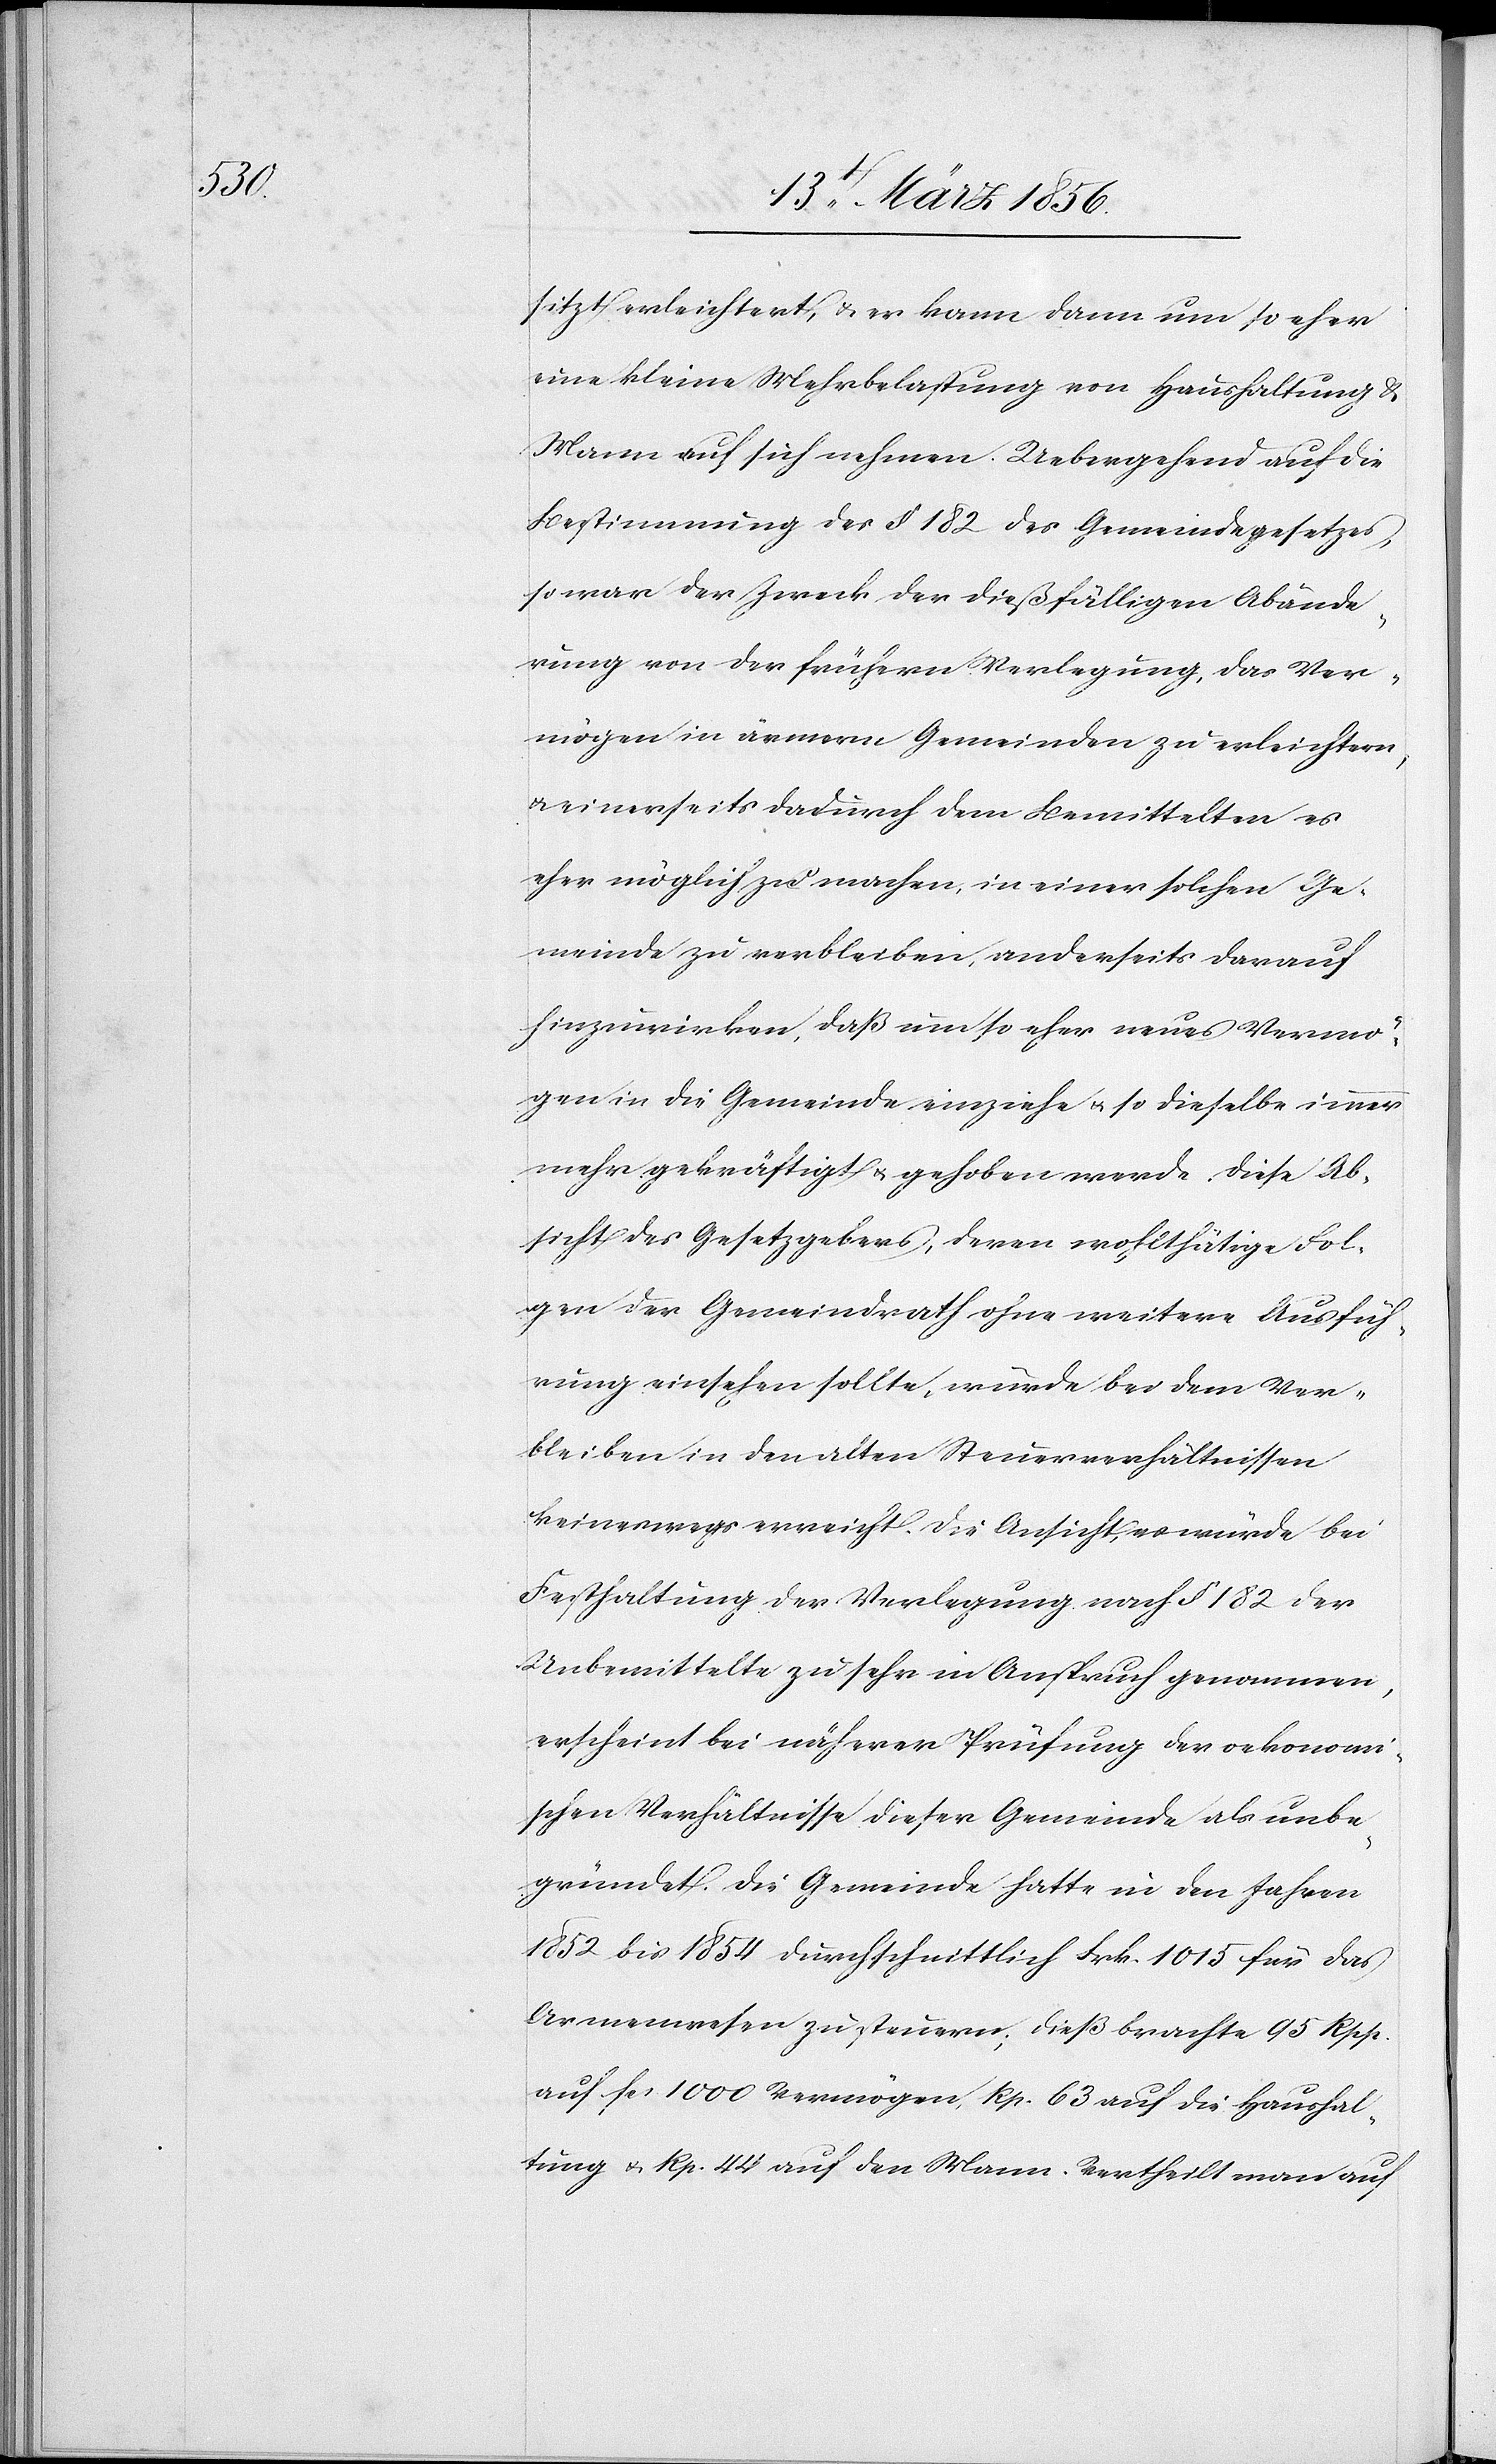
sitzt erleichtert, & er kann dann um so eher
eine kleine Mehrbelastung von Haushaltung &
Mann auf sich nehmen. Uebergehend auf die
Bestimmung des § 182 des Gemeindegesetzes,
so war der Zweck der dießfälligen Abände¬
rung von der frühern Verlegung, das Ver¬
mögen in ärmern Gemeinden zu erleichtern,
einerseits dadurch dem Bemittelten es
eher möglich zu machen, in einer solchen Ge¬
meinde zu verbleiben, anderseits darauf
hinzuwirken, daß um so eher neues Vermö¬
gen in die Gemeinde einziehe u. so dieselbe immer
mehr gekräftigt u. gehoben werde. Diese Ab¬
sicht des Gesetzgebers, deren wohltätige Fol¬
gen der Gemeindrath ohne weitere Ausfüh¬
rung einsehen sollte, würde bei dem Ver¬
bleiben in den alten Steuerverhältnissen
keineswegs erreicht. Die Ansicht, es würde bei
Festhaltung der Verlegung nach § 182 der
Unbemittelte zu sehr in Anspruch genommen,
erscheint bei näherer Prüfung der oekonom¬
ischen Verhältnisse dieser Gemeinde als unbe¬
gründet. Die Gemeinde hatte in den Jahren
1852 bis 1854 durchschnittlich Frk. 1015 für das
Armenwesen zu steuern; dieß brachte 95 Rpp.
auf fcs 1000 Vermögen, Rp. 63 auf die Haushal¬
tung u. Rp. 44 auf den Mann. Vertheilt man auf